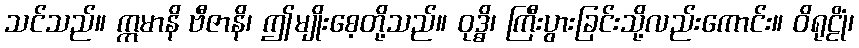
သင်သည်။ ဣမာနိ ဗီဇာနိ၊ ဤမျိုးစေ့တို့သည်။ ဝုဒ္ဓိ၊ ကြီးပွားခြင်းသို့လည်းကောင်း။ ဝိရုဠိုံ၊